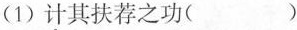
(1)计其扶荐之功( )